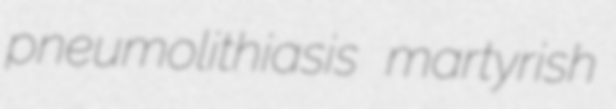
pneumolithiasis martyrish